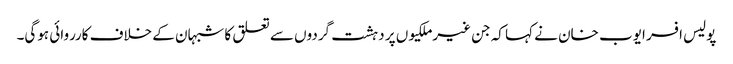
پولیس افسر ایوب خان نے کہا کہ جن غیرملکیوں پر دہشت گردوں سے تعلق کا شبہان کے خلاف کارروائی ہوگی۔